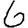
Digit: 6